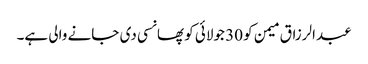
عبدالرزاق میمن کو 30 جولائی کو پھانسی دی جانے والی ہے۔